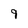
Character: 9